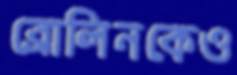
ব্রোলিনকেও